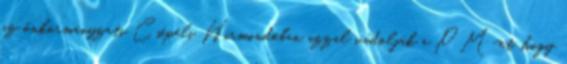
az önkormányzati Csepeli Hírmondóban azzal vádolják a PM-et, hogy